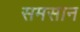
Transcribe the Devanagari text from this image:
समसान